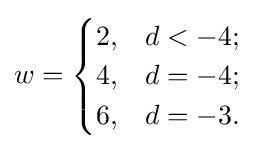
w={\begin{cases}2,&d<-4;\\4,&d=-4;\\6,&d=-3.\end{cases}}